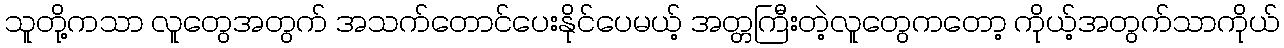
သူတို့ကသာ လူတွေအတွက် အသက်တောင်ပေးနိုင်ပေမယ့် အတ္တကြီးတဲ့လူတွေကတော့ ကိုယ့်အတွက်သာကိုယ်